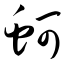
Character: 蚵